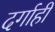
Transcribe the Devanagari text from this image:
दर्गाही